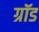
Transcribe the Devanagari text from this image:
ग्रॉड